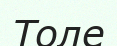
Толе